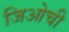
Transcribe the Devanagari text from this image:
जिओची